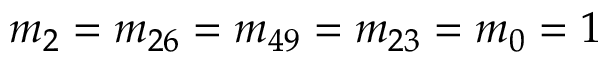
m _ { 2 } = m _ { 2 6 } = m _ { 4 9 } = m _ { 2 3 } = m _ { 0 } = 1